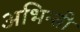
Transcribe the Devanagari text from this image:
अभिन्त्री